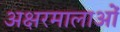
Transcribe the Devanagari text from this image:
अक्षरमालाओं